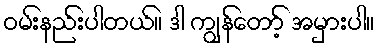
ဝမ်းနည်းပါတယ်။ ဒါ ကျွန်တော့် အမှားပါ။